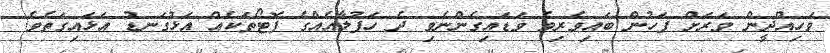
ވަހިއްދީން ވަރަށް ފަހުން ބައިވެރިވެ ވަޑައިގެންނެވި ދެ ހަފުލާއެއްގެ ފޮޓޯތަކެއް އަޅުގަނޑު އަޅައިގަތެވެ.